Vaccination in the Punjab 1867-1880 - 1867-1880
Year: 1867
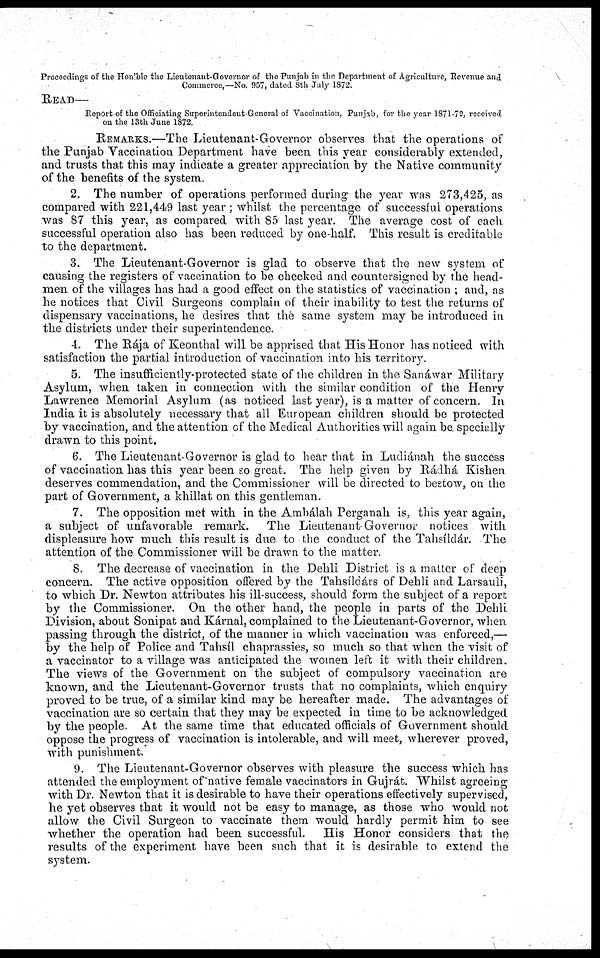
Proceedings of the Hon'ble the Lieutenant-Governor of the Punjab in the Department of Agriculture, Revenue and
Commerce,—No. 957, dated 8th July 1872.
READ—
Report of the Officiating Superintendent-General of Vaccination. Punjab, for the year 1871-72, received
on the 13th June 1872.
REMARKS.—The Lieutenant-Governor observes that the operations of
the Punjab Vaccination Department have been this year considerably extended,
and trusts that this may indicate a greater appreciation by the Native community
of the benefits of the system.
2. The number of operations performed during the year was 273,425, as
compared with 221,449 last year ; whilst the percentage of successful operations
was 87 this year, as compared with 85 last year. The average cost of each
successful operation also has been reduced by one-half. This result is creditable
to the department.
3. The Lieutenant-Governor is glad to observe that the new system of
causing the registers of vaccination to be checked and countersigned by the head-
men of the villages has had a good effect on the statistics of vaccination ; and, as
he notices that Civil Surgeons complain of their inability to test the returns of
dispensary vaccinations, he desires that the same system may be introduced in
the districts under their superintendence.
4. The Rája of Keonthal will be apprised that His Honor has noticed with
satisfaction the partial introduction of vaccination into his territory.
5. The insufficiently-protected state of the children in the Sanáwar Military
Asylum, when taken in connection with the similar condition of the Henry
Lawrence Memorial Asylum (as noticed last year), is a matter of concern. In
India it is absolutely necessary that all European children should be protected
by vaccination, and the attention of the Medical Authorities will again be. specially
drawn to this point.
6. The Lieutenant-Governor is glad to hear that in Ludiánah the success
of vaccination has this year been so great. The help given by Rádhá Kishen
deserves commendation, and the Commissioner will be directed to bestow, on the
part of Government, a khillat on this gentleman.
7. The opposition met with in the Ambálah Perganah is, this year again,
a subject of unfavorable remark. The Lieutenant Governor notices with
displeasure how much this result is due to the conduct of the Tahsíldár. The
attention of the Commissioner will be drawn to the matter.
8. The decrease of vaccination in the Dehli District is a matter of deep
concern. The active opposition offered by the Tahsíldárs of Dehli and Larsauli,
to which Dr. Newton attributes his ill-success, should form the subject of a report
by the Commissioner. On the other hand, the people in parts of the Dehli
Division, about Sonipat and Kárnal, complained to the Lieutenant-Governor, when
passing through the district, of the manner in which vaccination was enforced,—
by the help of Police and Tahsíl chaprassies, so much so that when the visit of
a vaccinator to a village was anticipated the women left it with their children.
The views of the Government on the subject of compulsory vaccination are
known, and the Lieutenant-Governor trusts that no complaints, which enquiry
proved to be true, of a similar kind may be hereafter made. The advantages of
vaccination are so certain that they may be expected in time to be acknowledged
by the people. At the same time that educated officials of Government should
oppose the progress of vaccination is intolerable, and will meet, wherever proved,
with punishment.
9. The Lieutenant-Governor observes with pleasure the success which has
attended the employment of native female vaccinators in Gujrát. Whilst agreeing
with Dr. Newton that it is desirable to have their operations effectively supervised,
he yet observes that it would not be easy to manage, as those who would not
allow the Civil Surgeon to vaccinate them would hardly permit him to see
whether the operation had been successful.
His Honor considers that the
results of the experiment have been such that it is desirable to extend the
system.